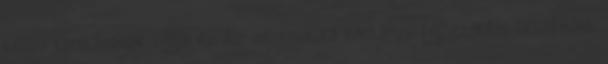
kémia tanításának célja és Az informatika tantárgy fejlesztési feladatait